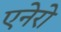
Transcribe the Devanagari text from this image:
एनेरो